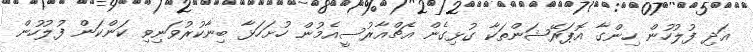
އަދި ފުލުހުން ހިންގާ އޮޕަރޭޝަންތަކާ ގުޅިގެން އެޗްއާރުސީއެމުން ހުށަހަޅާ ބިނާކުރުވަނިވި ކަންކަން ފުލުހުން